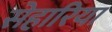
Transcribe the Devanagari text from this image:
सेहारिया